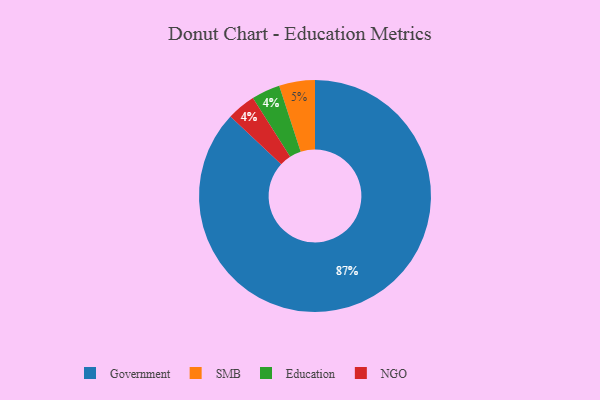
{"axis": {"x": "Category", "y": "Percentage"}, "legend": ["Education", "Government", "NGO", "SMB"], "data": [{"x": "Education", "y": 4, "type": "Education"}, {"x": "Government", "y": 87, "type": "Government"}, {"x": "SMB", "y": 5, "type": "SMB"}, {"x": "NGO", "y": 4, "type": "NGO"}]}